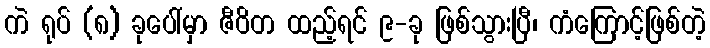
ကဲ ရုပ် (၈) ခုပေါ်မှာ ဇီဝိတ ထည့်ရင် ၉-ခု ဖြစ်သွားပြီ၊ ကံကြောင့်ဖြစ်တဲ့